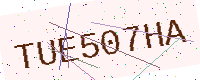
Text: TUE507HA